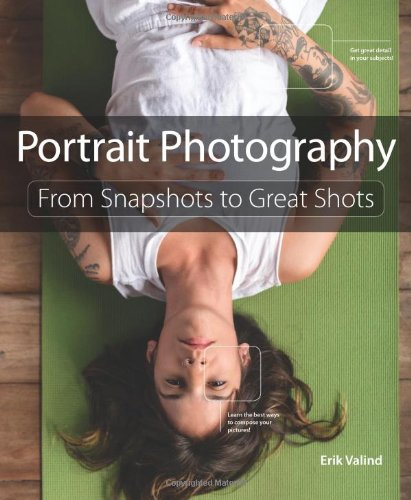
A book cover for Portrait Photography: From Snapshots to Great Shots; Erik Valind; Arts & Photography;